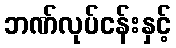
ဘဏ်လုပ်ငန်းနှင့်